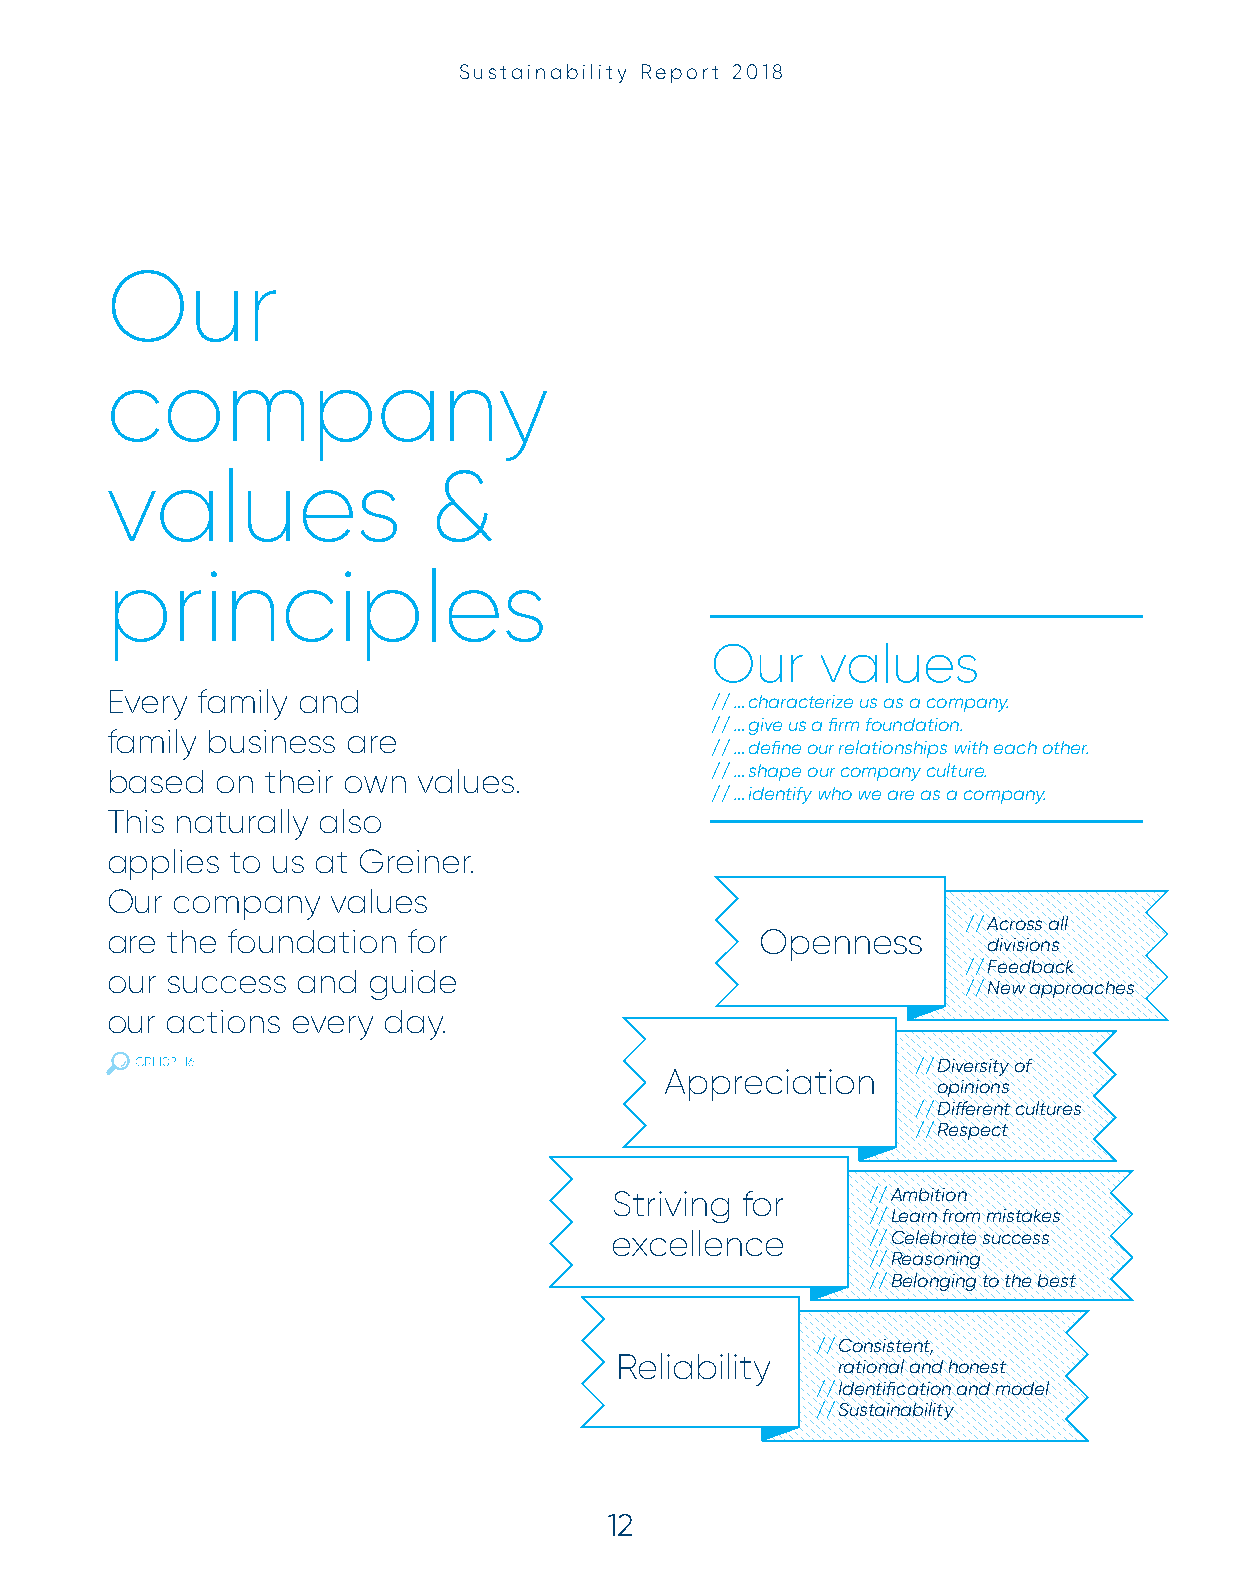
Sustainability Report 2018
 Our
 company
 values               &
 principles
 Our    values
 Every family and
 // … characterize us as a company.
 //… give us a fi rm foundation.
 family business are
 // … defi ne our relationships with each other.
 based  on  their own values.            // … shape our company culture.
 //… identify who we are as a company.
 This naturally also
 applies to us at Greiner.
 Our company    values
 //Across all
 are the foundation  for                    Openness
 divisions
 //Feedback
 our success  and guide
 //New approaches
 our actions every day.
 GRI 102-16                                          //Diversity of
 Appreciation
 opinions
 // Diff erent cultures
 //Respect
 Striving for    //Ambition
 // Learn from mistakes
 excellence       //Celebrate success
 //Reasoning
 //Belonging to the best
 //Consistent,
 Reliability
 rational and honest
 // Identifi cation and model
 //Sustainability
 12